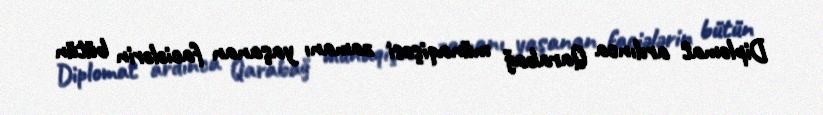
Diplomat ardınca Qarabağ münaqişəsi zamanı yaşanan faciələrin bütün